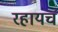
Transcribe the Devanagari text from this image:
रहायचं